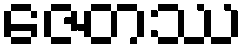
ဇေတဿ